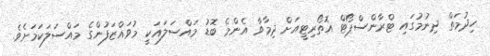
ހިދުމަތް ދިނުމުގައި ޓްރާންސްޕޯޓް އޮތޯރިޓީއަށް ދިމާވާ އެންމެ ބޮޑު މައްސަލައަކީ މުވައްޒަފުންގެ މައްސަލަކަމަށެވެ.